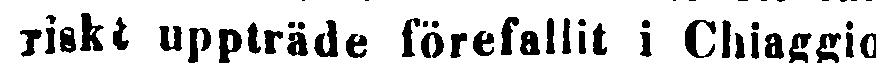
riskt uppträde förefallit i Chiaggio